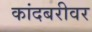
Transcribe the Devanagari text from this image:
कांदबरीवर